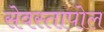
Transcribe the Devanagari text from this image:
सेवस्तापोल